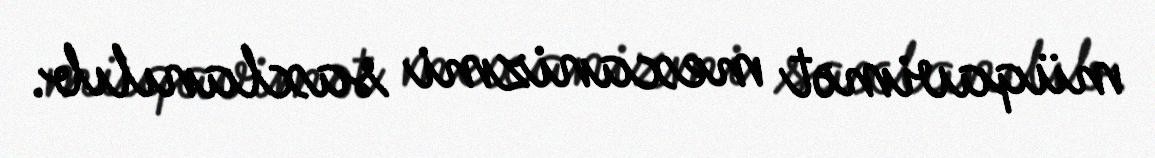
müqavimət mexanizmi saxlanılıb.